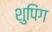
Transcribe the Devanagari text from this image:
शुपिंग